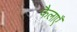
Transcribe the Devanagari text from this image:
फैलाएँ